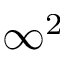
\infty ^ { 2 }